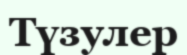
Түзулер